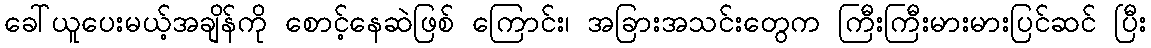
ခေါ်ယူပေးမယ့်အချိန်ကို စောင့်နေဆဲဖြစ် ကြောင်း၊ အခြားအသင်းတွေက ကြီးကြီးမားမားပြင်ဆင် ပြီး